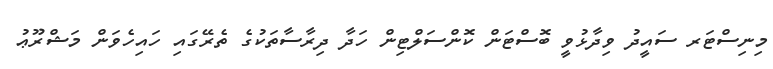
މިނިސްޓަރ ސައީދު ވިދާޅުވީ ބޮސްޓަން ކޮންސަލްޓިން ހަދާ ދިރާސާތަކުގެ ތެރޭގައި ހައިހެވަން މަޝްރޫޢު